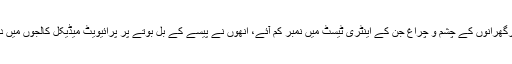
اور امیرگھرانوں کے چشم و چراغ جن کے اینٹری ٹیسٹ میں نمبر کم آئے، انھوں نے پیسے کے بل بوتے پر پرائیویٹ میڈیکل کالجوں میں داخلہ لیا۔